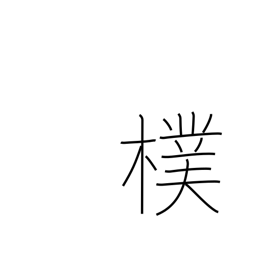
Meaning: bark of a tree